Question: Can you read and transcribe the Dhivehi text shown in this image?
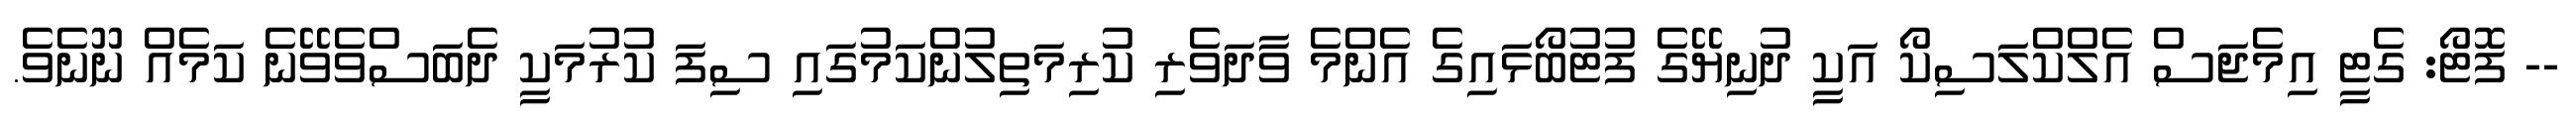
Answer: -- ފޮޓޯ: ގެޓީ އިމެޖަސް އެލްކްލަސިކޯ އަކީ ދުނިޔޭގެ ފުޓުބޯޅައިގެ އެންމެ ވާދަވެރި ކުރިމަތިލުންކަމުގައި ސިފަ ކުރުމަކީ ދެބަސްވެވޭނެ ކަމެއް ނޫނެވެ.